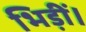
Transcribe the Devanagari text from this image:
भिड़ीं।